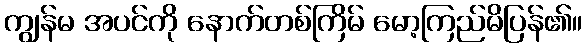
ကျွန်မ အပင်ကို နောက်တစ်ကြိမ် မော့ကြည်မိပြန်၏။